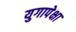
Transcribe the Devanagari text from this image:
युगापेक्षा